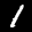
Label: 1